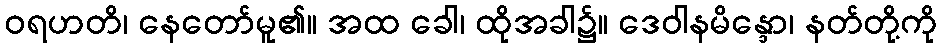
ဝရဟတိ၊ နေတော်မူ၏။ အထ ခေါ၊ ထိုအခါ၌။ ဒေဝါနမိန္ဒော၊ နတ်တို့ကို